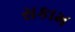
સકામ